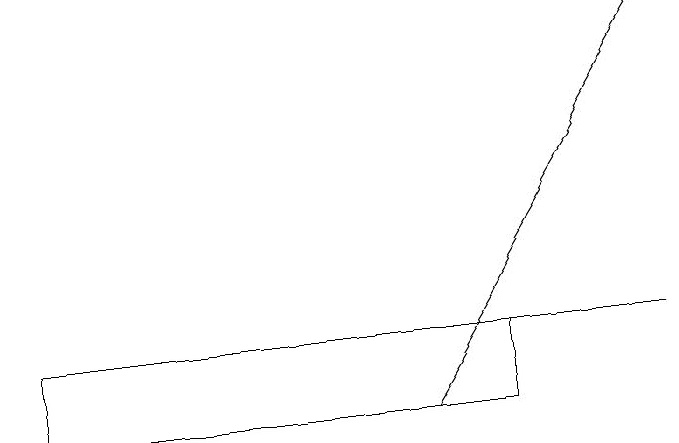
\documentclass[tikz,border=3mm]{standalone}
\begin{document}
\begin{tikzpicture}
\draw (7,15) rectangle (1,14);
\draw[->] (6,14) -- (9,19);
\draw (9,15) rectangle (4,15);
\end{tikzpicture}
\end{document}